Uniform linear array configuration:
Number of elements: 4
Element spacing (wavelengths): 1
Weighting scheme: exponential
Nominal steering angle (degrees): -45
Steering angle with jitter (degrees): -45.316
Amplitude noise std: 0.05
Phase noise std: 0.05

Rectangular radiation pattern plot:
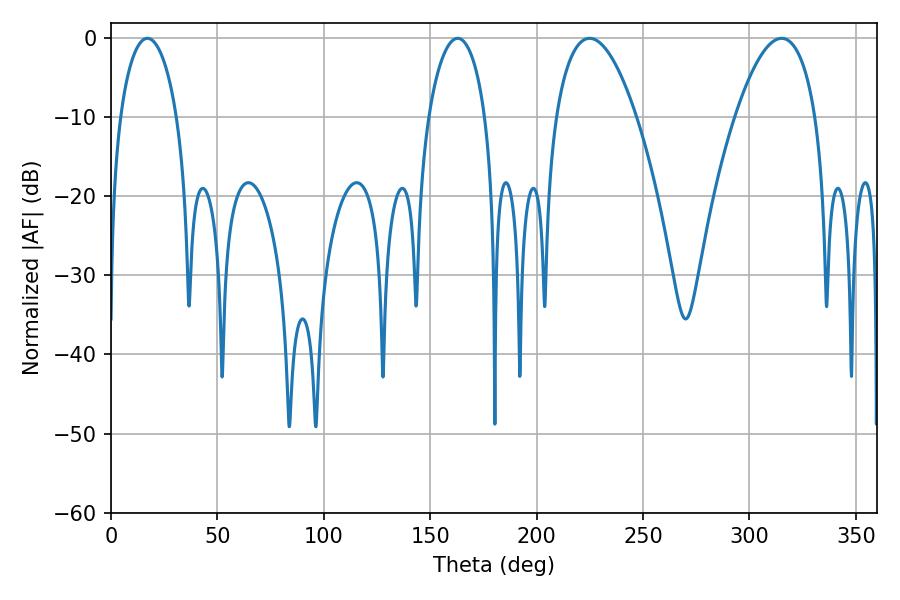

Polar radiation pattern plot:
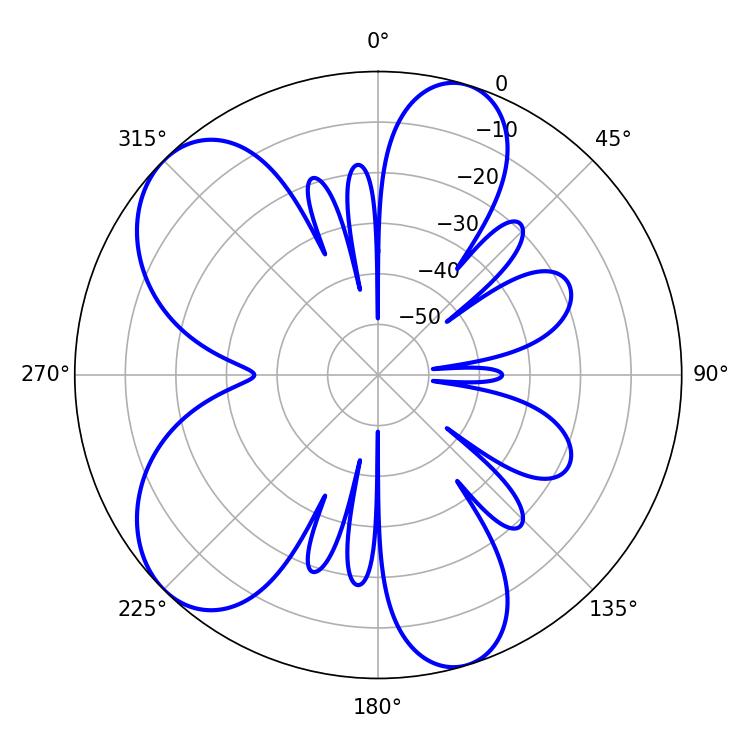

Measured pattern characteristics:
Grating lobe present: TRUE
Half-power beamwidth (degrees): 15.12
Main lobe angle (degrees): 17.1